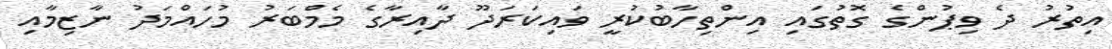
އިތުރު ދެ ވިޕުންގެ ގޮތުގައި އިންތިހާބުކުރީ ވައިކަރަދޫ ދާއިރާގެ މެމްބަރު މުހައްމަދު ނާޒިމާއި